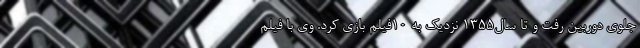
جلوی دوربین رفت و تا سال۱۳۵۵ نزدیک به ۱۰فیلم بازی کرد. وی با فیلم